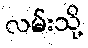
လမ်းသို့